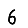
Digit: 6